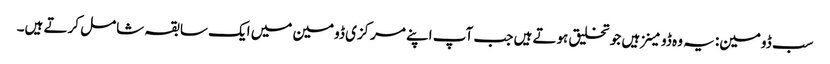
سب ڈومین: یہ وہ ڈومینز ہیں جو تخلیق ہوتے ہیں جب آپ اپنے مرکزی ڈومین میں ایک سابقہ ​​شامل کرتے ہیں۔